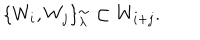
\{ W _ { i } , W _ { j } \} _ { \lambda } ^ { \sim } \subset W _ { i + j } .